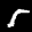
Label: 5